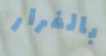
بالفرار